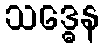
သဒ္ဓေန